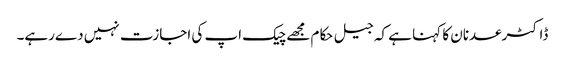
ڈاکٹرعدنان کا کہنا ہے کہ جیل حکام مجھےچیک اپ کی اجازت نہیں دےرہے۔